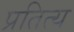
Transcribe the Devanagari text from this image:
प्रतित्य